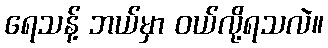
ရေသန့် ဘယ်မှာ ဝယ်လို့ရသလဲ။